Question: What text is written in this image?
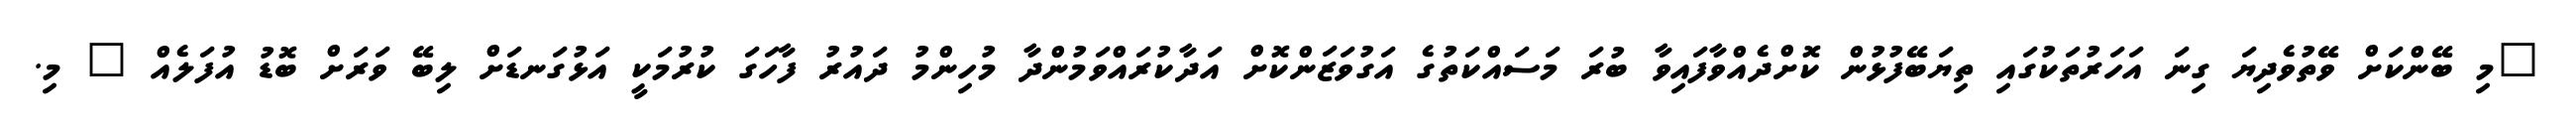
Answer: "މި ބޭންކަށް ވޭތުވެދިޔަ ގިނަ އަހަރުތަކުގައި ތިޔަބޭފުޅުން ކޮށްދެއްވާފައިވާ ބުރަ މަސައްކަތުގެ އަގުވަޒަންކޮށް އަދާކުރައްވަމުންދާ މުހިންމު ދައުރު ފާހަގަ ކުރުމަކީ އަޅުގަނޑަށް ލިބޭ ވަރަށް ބޮޑު އުފަލެއް " މި.